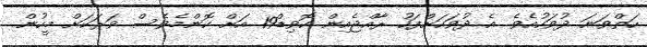
ހަތްވަނަ ދުވަހުއެވެ. އެ ދުވަހަށްފަހު ރާއްޖެއިން ކޮވިޑް19 އަށް ކޮންމެވެސް ވަރަކަށް މީހުން